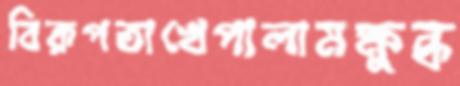
বিরূপতাখেপালামক্ষুব্ধ